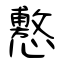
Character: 懯